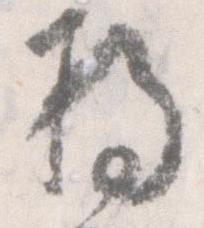
将